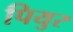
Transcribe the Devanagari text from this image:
पियुर